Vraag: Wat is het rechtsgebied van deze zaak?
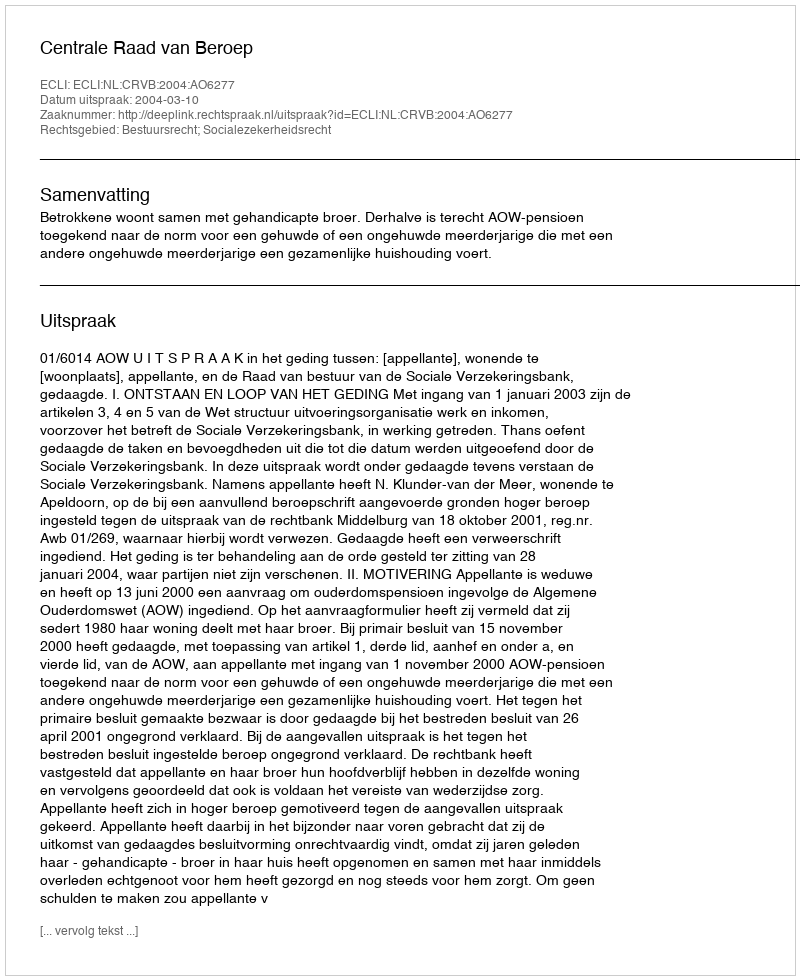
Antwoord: Bestuursrecht; Socialezekerheidsrecht